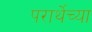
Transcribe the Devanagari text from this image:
परार्थेच्या